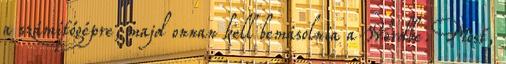
a számítógépre, majd onnan kell bemásolnia a Wordbe. Most,